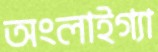
অংলাইগ্যা